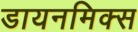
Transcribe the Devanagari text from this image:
डायनमिक्स